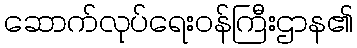
ဆောက်လုပ်ရေးဝန်ကြီးဌာန၏